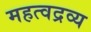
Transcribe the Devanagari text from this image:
महत्वद्रव्य